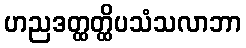
ဟညဒတ္ထတ္ထိပသံသလာဘာ